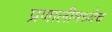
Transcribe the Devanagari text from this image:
प्रणालीमध्येच